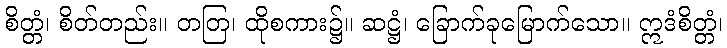
စိတ္တံ၊ စိတ်တည်း။ တတြ၊ ထိုစကား၌။ ဆဋ္ဌံ၊ ခြောက်ခုမြောက်သော။ ဣဒံစိတ္တံ၊